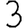
Digit: 3